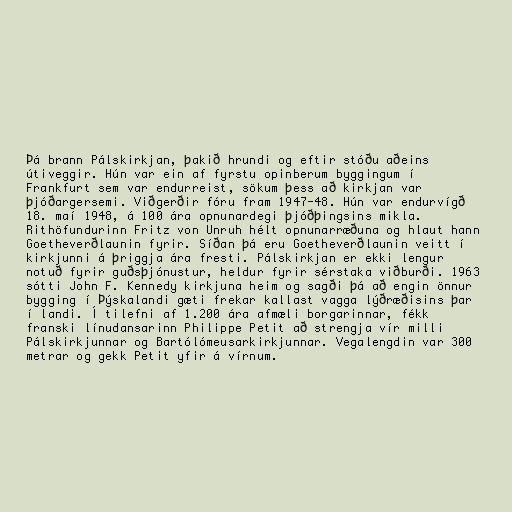
Þá brann Pálskirkjan, þakið hrundi og eftir stóðu aðeins
útiveggir. Hún var ein af fyrstu opinberum byggingum í
Frankfurt sem var endurreist, sökum þess að kirkjan var
þjóðargersemi. Viðgerðir fóru fram 1947-48. Hún var endurvígð
18. maí 1948, á 100 ára opnunardegi þjóðþingsins mikla.
Rithöfundurinn Fritz von Unruh hélt opnunarræðuna og hlaut hann
Goetheverðlaunin fyrir. Síðan þá eru Goetheverðlaunin veitt í
kirkjunni á þriggja ára fresti. Pálskirkjan er ekki lengur
notuð fyrir guðsþjónustur, heldur fyrir sérstaka viðburði. 1963
sótti John F. Kennedy kirkjuna heim og sagði þá að engin önnur
bygging í Þýskalandi gæti frekar kallast vagga lýðræðisins þar
í landi. Í tilefni af 1.200 ára afmæli borgarinnar, fékk
franski línudansarinn Philippe Petit að strengja vír milli
Pálskirkjunnar og Bartólómeusarkirkjunnar. Vegalengdin var 300
metrar og gekk Petit yfir á vírnum.